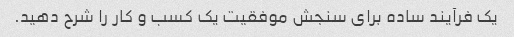
یک فرآیند ساده برای سنجش موفقیت یک کسب و کار را شرح دهید.